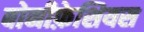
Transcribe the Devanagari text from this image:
बोनीफ़ेशियस